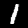
Label: 1